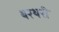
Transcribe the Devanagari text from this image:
थरथरी